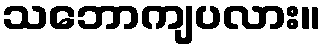
သဘောကျပလား။